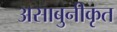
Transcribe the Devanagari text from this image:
असाबुनीकृत